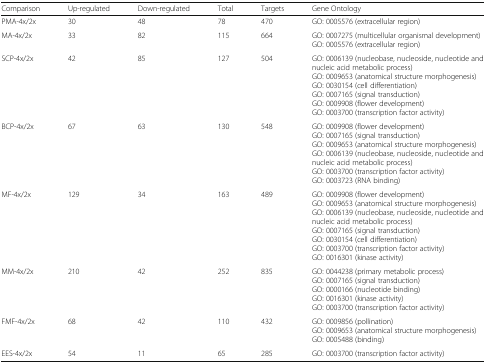
<table><thead><tr><td><b>Comparison</b></td><td><b>Up-regulated</b></td><td><b>Down-regulated</b></td><td><b>Total</b></td><td><b>Targets</b></td><td><b>Gene Ontology</b></td></tr></thead><tbody><tr><td>PMA-4x/2x</td><td>30</td><td>48</td><td>78</td><td>470</td><td>GO: 0005576 (extracellular region)</td></tr><tr><td>MA-4x/2x</td><td>33</td><td>82</td><td>115</td><td>664</td><td>GO: 0007275 (multicellular organismal development)GO: 0005576 (extracellular region)</td></tr><tr><td>SCP-4x/2x</td><td>42</td><td>85</td><td>127</td><td>504</td><td>GO: 0006139 (nucleobase, nucleoside, nucleotide and nucleic acid metabolic process)GO: 0009653 (anatomical structure morphogenesis)GO: 0030154 (cell differentiation)GO: 0007165 (signal transduction)GO: 0009908 (flower development)GO: 0003700 (transcription factor activity)</td></tr><tr><td>BCP-4x/2x</td><td>67</td><td>63</td><td>130</td><td>548</td><td>GO: 0009908 (flower development)GO: 0007165 (signal transduction)GO: 0009653 (anatomical structure morphogenesis)GO: 0006139 (nucleobase, nucleoside, nucleotide and nucleic acid metabolic process)GO: 0003700 (transcription factor activity)GO: 0003723 (RNA binding)</td></tr><tr><td>MF-4x/2x</td><td>129</td><td>34</td><td>163</td><td>489</td><td>GO: 0009908 (flower development)GO: 0009653 (anatomical structure morphogenesis)GO: 0006139 (nucleobase, nucleoside, nucleotide and nucleic acid metabolic process)GO: 0007165 (signal transduction)GO: 0030154 (cell differentiation)GO: 0003700 (transcription factor activity)GO: 0016301 (kinase activity)</td></tr><tr><td>MM-4x/2x</td><td>210</td><td>42</td><td>252</td><td>835</td><td>GO: 0044238 (primary metabolic process)GO: 0007165 (signal transduction)GO: 0000166 (nucleotide binding)GO: 0016301 (kinase activity)GO: 0003700 (transcription factor activity)</td></tr><tr><td>FMF-4x/2x</td><td>68</td><td>42</td><td>110</td><td>432</td><td>GO: 0009856 (pollination)GO: 0009653 (anatomical structure morphogenesis)GO: 0005488 (binding)</td></tr><tr><td>EES-4x/2x</td><td>54</td><td>11</td><td>65</td><td>285</td><td>GO: 0003700 (transcription factor activity)</td></tr></tbody></table>